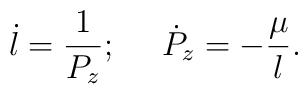
\dot l =\frac{1}{P_z};~~~~\dot P_z = - \frac\mu {l}.